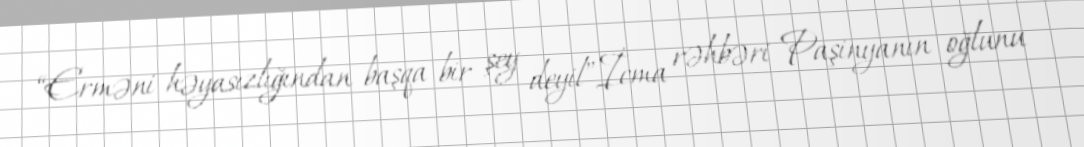
“Erməni həyasızlığından başqa bir şey deyil”İcma rəhbəri Paşinyanın oğlunu